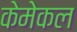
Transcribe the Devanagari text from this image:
केमेकल